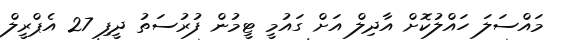
މައްސަލަ ހައްލުކޮށް އާދިލް އަށް ގައުމީ ޓީމުން ފުރުސަތު ދީފި 27 އެޕްރީލް